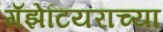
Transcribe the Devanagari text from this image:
गॅझेटियराच्या